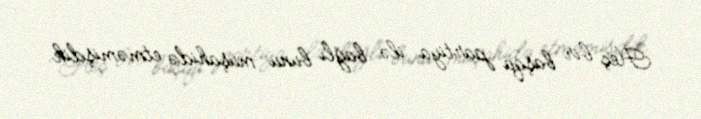
Heç bir başqa partiya ilə bağlı bunu müşahidə etməmişdik.